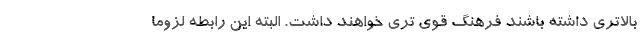
بالاتری داشته باشند فرهنگ قوی تری خواهند داشت. البته این رابطه لزوما